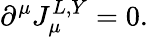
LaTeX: \partial^{\mu}J_{\mu}^{L,Y}=0.